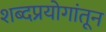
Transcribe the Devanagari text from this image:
शब्दप्रयोगांतून